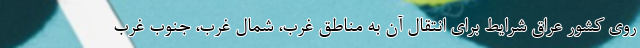
روی کشور عراق شرایط برای انتقال آن به مناطق غرب، شمال غرب، جنوب غرب